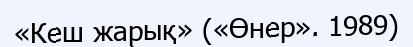
«Кеш жарық» («Өнер». 1989)